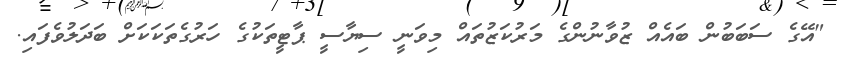
"އޭގެ ސަބަބުން ބައެއް ޒުވާނުންގެ މަރުކަޒުތައް މިވަނީ ސިޔާސީ ޕާޓީތަކުގެ ހަރުގެތަކަކަށް ބަދަލުވެފައި.